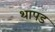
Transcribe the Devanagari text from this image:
थापड